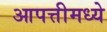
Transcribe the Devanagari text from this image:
आपत्तीमध्ये